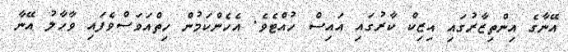
އޭނާގެ އިންތިޒާރުގައި އިޒިކް ކާރުގައި އައިސް ހުއްޓެވެ. އެހެންކަމުން ހިތްއަވަސްވެފައި ވާހާލު އޭނާ